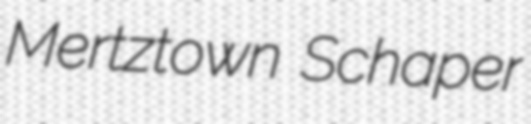
Mertztown Schaper